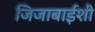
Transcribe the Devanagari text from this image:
जिजाबाईंशी